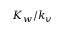
K _ { w } / k _ { v }